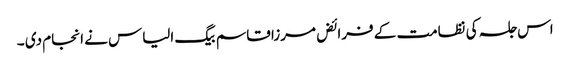
اس جلسہ کی نظامت کے فرائض مرزا قاسم بیگ الیاس نے انجام دی ۔